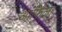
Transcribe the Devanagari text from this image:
आफिला